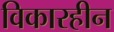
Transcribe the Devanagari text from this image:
विकारहीन